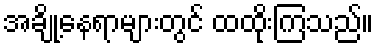
အချို့နေရာများတွင် ထထိုးကြသည်။